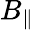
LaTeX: B_{\| }